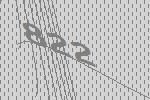
822